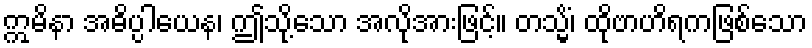
ဣမိနာ အဓိပ္ပါယေန၊ ဤသို့သော အလိုအားဖြင့်။ တသ္မိံ၊ ထိုဗာဟိရကဖြစ်သော